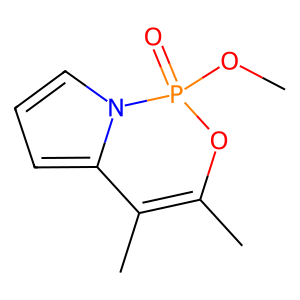
SMILES: COP1(=O)OC(C)=C(C)c2cccn21
Inhibits HIV replication: No